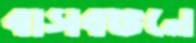
বাসবভনে